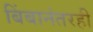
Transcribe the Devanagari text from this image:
बिंबानंतरही